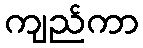
ကျည်ကာ